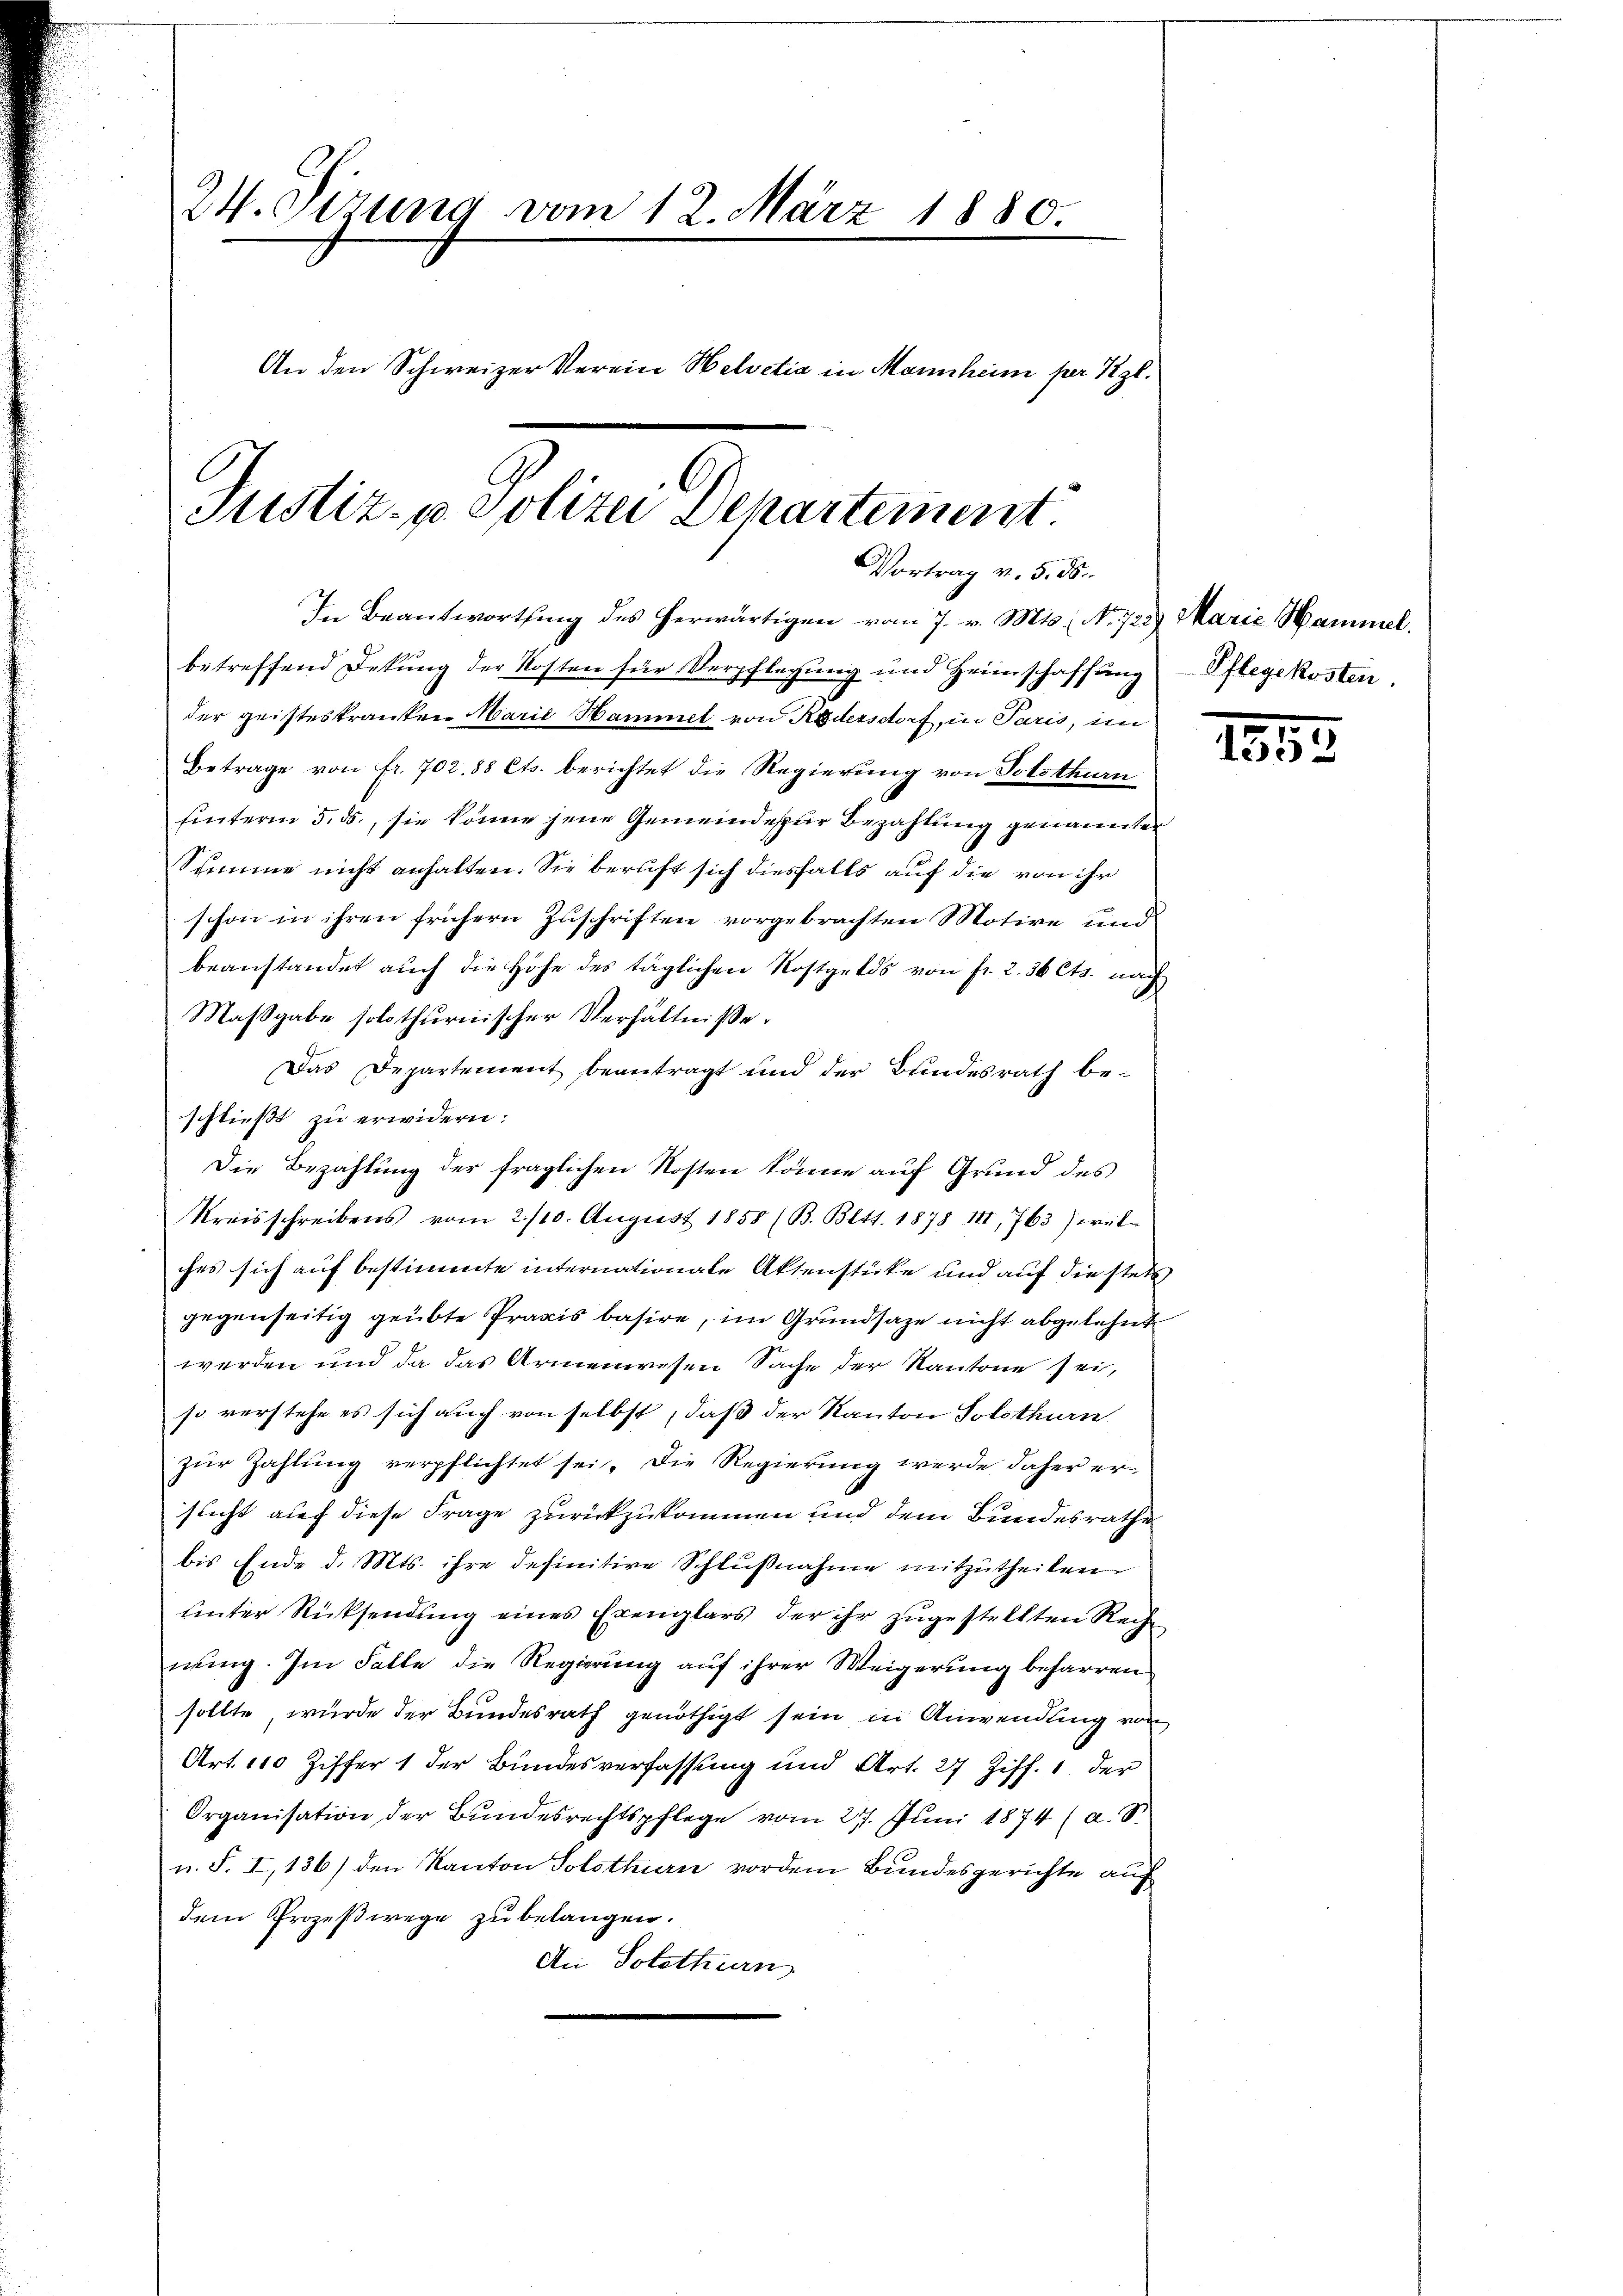
24. Sizung vom 12. März 1880.
An den Schweizer Verein Helvetia in Mannheim per Kgl.
Justiz- u. Polizei Departement.

Vortrag v. 5. ds.

In Beantwortung des herwärtigen vom 7. v. Mts., N. 723. Marie Hammel,
betreffend Dekung der Kosten für Verpflegung und Heimschaffung Pflegekosten
der geisteskranken Marie Hammet von Rödersdorf, in Paris, im
Betrage von fr. 702. 88 Cts. berichtet die Regierung von Solothurn
hinterm 5. ds., sie könne jene Gemeindeser Bezahlung genannter
Stimme nicht anhalten. Sie beruft sich diesfalls auf die von ihr
schon in ihren frühern Zuschriften vorgebrachten Motire und
beanstandet auch die Höhe des täglichen Rostgelds von fr. 2. 36 Cts. nach
Maßgabe solothurnischer Verhältniße.
Das Departement beantragt und der Bundesrath beschließt zu erwidern:
Kreisschreibens vom 2./10. August 1858 (B. Bett. 1878 111 763) wel-
ches sich auf bestimmte internationale Aktenstücke und auf die stets
gegenseitig geübte Praxis basire, im Grundsaze nicht abgelehnt
werden und da das Armenwesen Sache der Kantone sei,
so verstehe es sich auch von selbst, daß der Kanton Solothurn
zur Zahlung verpflichtet sei. Die Regierung werde daher ersricht auf diese Frage zurückzukommen und dem Bundesrathe
bis Ende d. Mts. ihre definitive Schlußnahme mitzutheilen
unter Rücksendung eines Exemplars der ihr zugestellten Rechnung. Im Falle die Regierung auf ihrer Weigerung befarren
sollte, wurde der Bundesrath genöthigt sein in Anwendung von
Art. 110 Ziffer 1 der Bundesverfassung und Art. 27 Ziff. 1 der
Organisation der Bundesrechtspflege vom 27. Juni 1874 (a. S.
u. S. I,136) den Kanton Solothurn vordem Bundesgerichte auf
dem Prozeßwege zu belangen.
An Solothurn

Die Bezahlung der fraglichen Kosten könne auf Grund des

1853